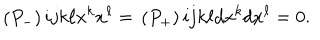
\begin{matrix} { { ( P _ { - } ) } } \\ \end{matrix} { i j } { k \ell } x ^ { k } x ^ { \ell } = \begin{matrix} { { ( P _ { + } ) } } \\ \end{matrix} { i j } { k \ell } d x ^ { k } d x ^ { \ell } = 0 .